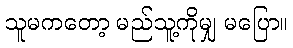
သူမကတော့ မည်သူ့ကိုမျှ မပြော။